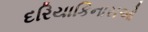
દરિયાકિનારાઓ